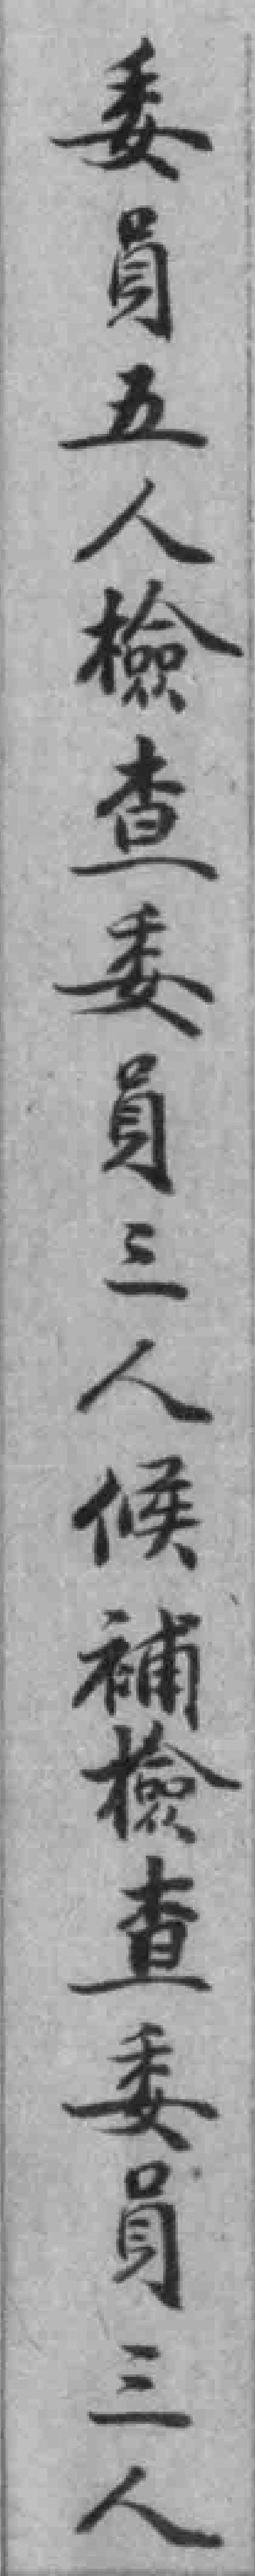
委員五人檢查委員三人候補檢查委員三人